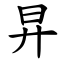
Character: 㫒